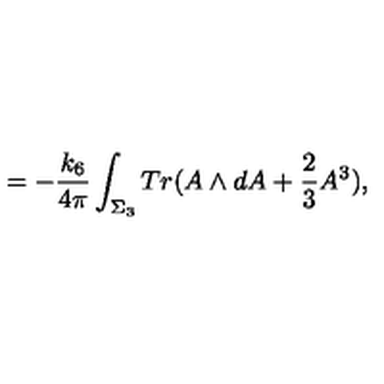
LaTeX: = - \frac { k _ { 6 } } { 4 \pi } \int _ { \Sigma _ { 3 } } T r ( A \wedge d A + \frac { 2 } { 3 } A ^ { 3 } ) ,